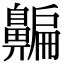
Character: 𪖯